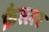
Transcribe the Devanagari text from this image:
फ्रैस्लर